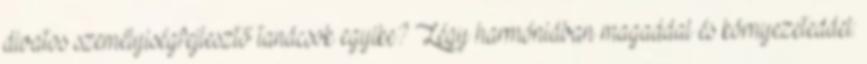
divatos személyiségfejlesztő tanácsok egyike? Légy harmóniában magaddal és környezeteddel: